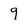
Character: 9